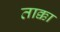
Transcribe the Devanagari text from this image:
ताक्का